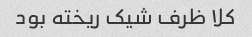
کلا ظرف شیک ریخته بود